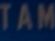
TAM